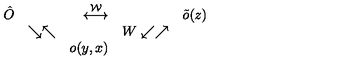
\begin{array} { r l r l r l } { \hat { O } } & { } & { \stackrel { \cal W } { \longleftrightarrow } } & { } & { \tilde { o } ( z ) \nonumber } \\ { } & { \searrow \nwarrow } & { } & { W \swarrow \nearrow } & { \nonumber } \\ { } & { } & { o ( y , x ) } & { } & { } \\ \end{array}